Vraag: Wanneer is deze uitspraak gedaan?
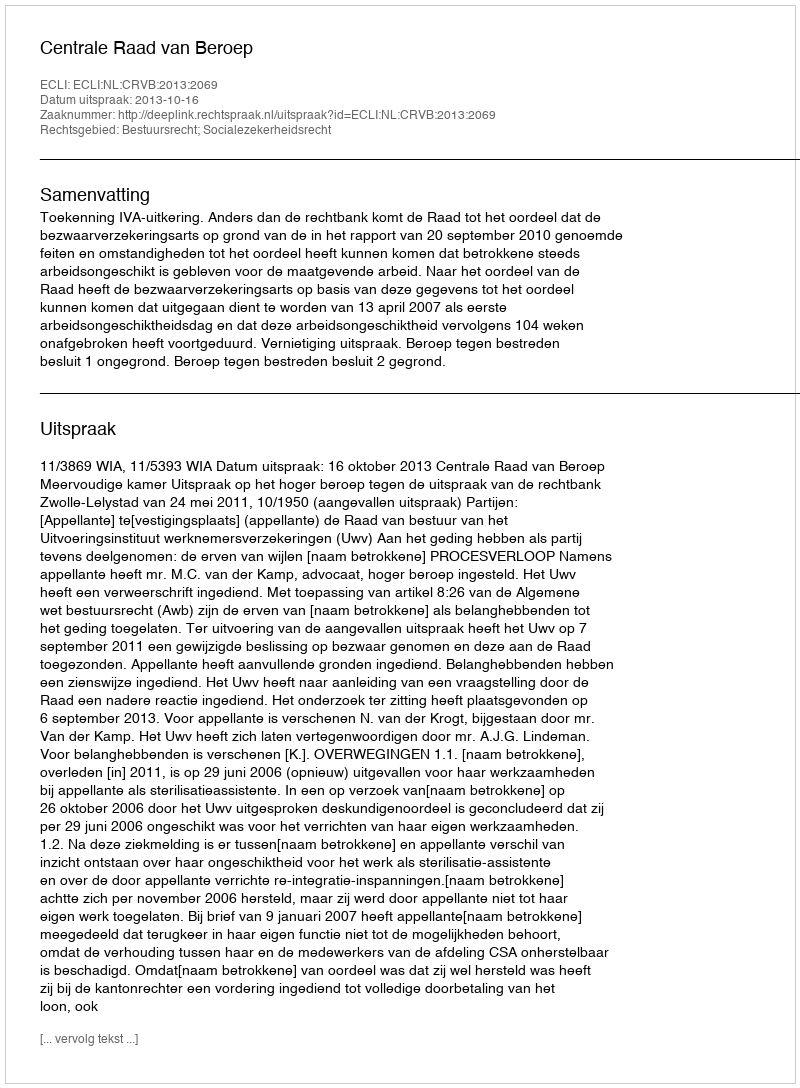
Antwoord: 2013-10-16